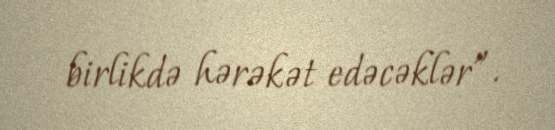
birlikdə hərəkət edəcəklər”.